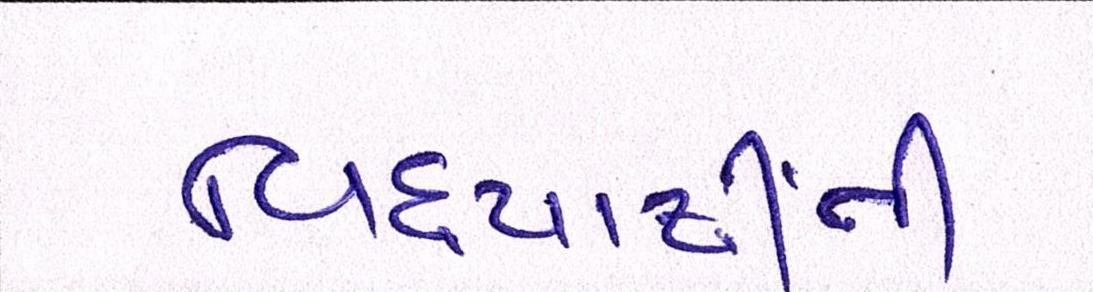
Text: વિદ્યાર્થીની